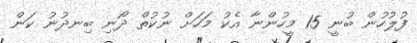
ފުލުހުން ބުނީ 15 މީހުންނާ އެކު މަހަށް ނުކުތް ދޯނި ބިނދުނު ކަން